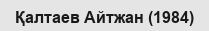
Қалтаев Айтжан (1984)